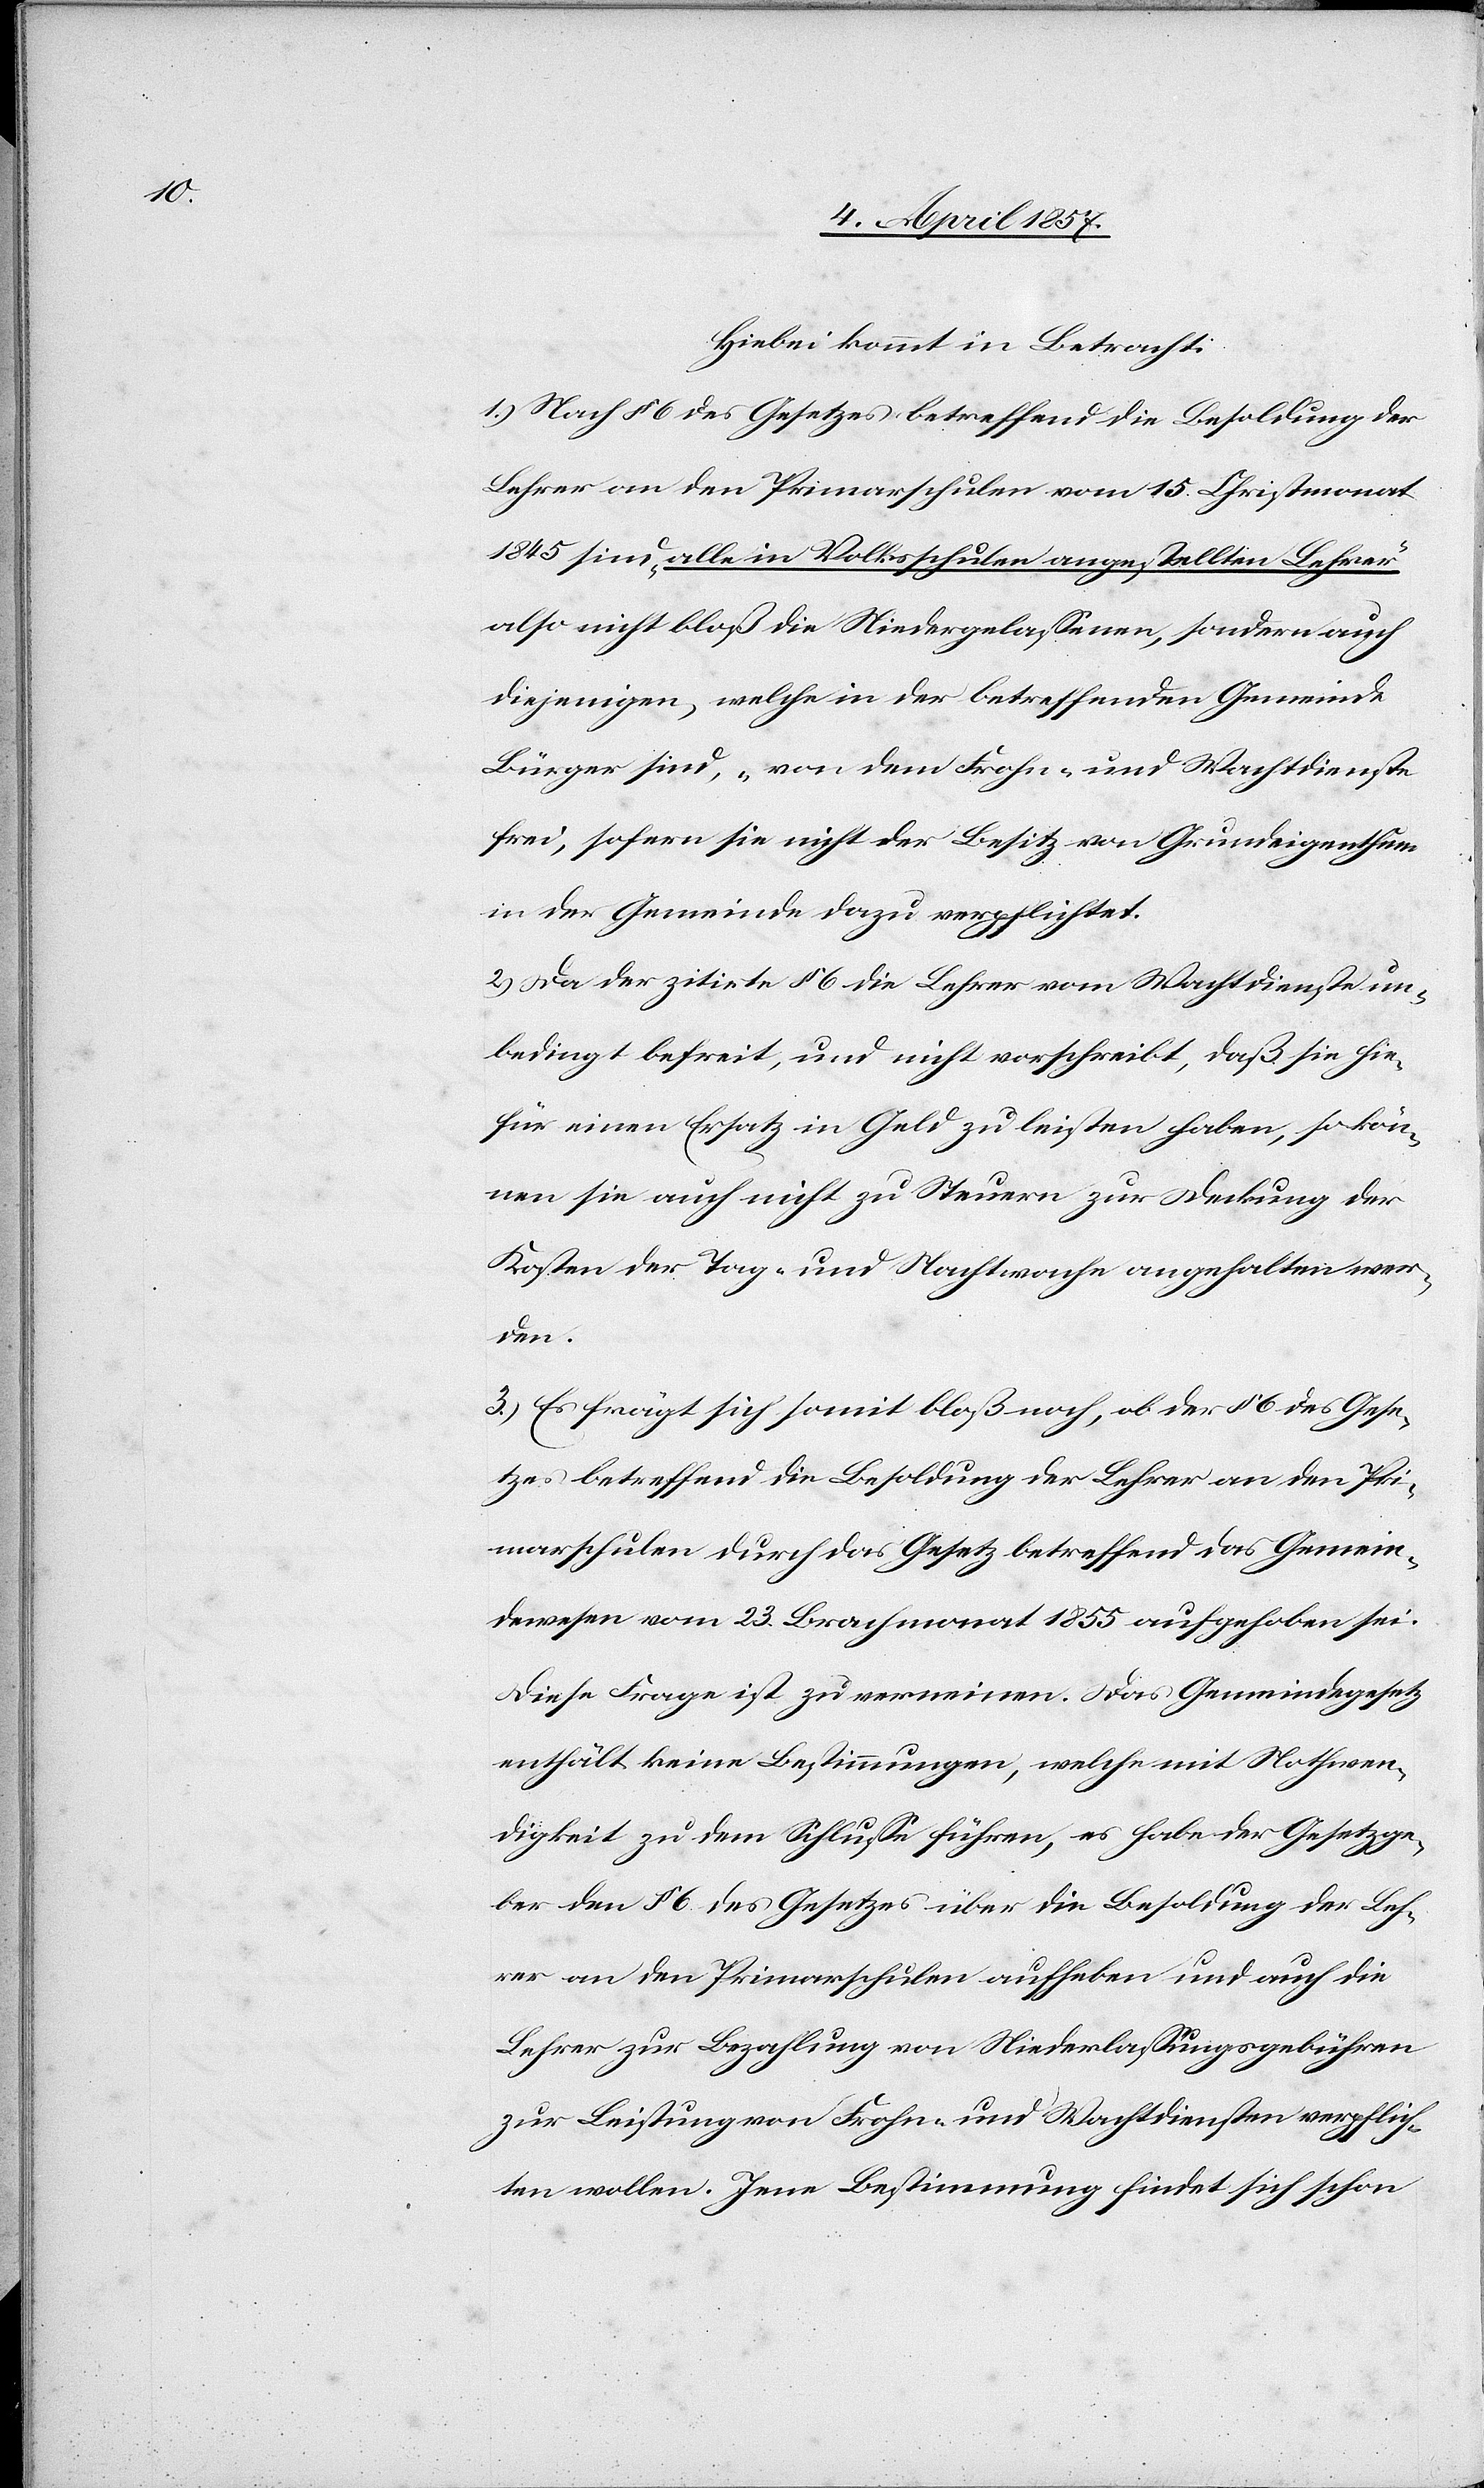
Hiebei kommt in Betracht:
1.) Nach § 6 des Gesetzes betreffend die Besoldung der
Lehrer an den Primarschulen vom 15. Christmonat
1845 sind „alle in Volksschulen angestellten Lehrer“
also nicht bloß die Niedergelassenen, sondern auch
diejenigen, welche in der betreffenden Gemeinde
Bürger sind, „von dem Frohn- und Wachtdienste
frei, sofern sie nicht der Besitz von Grundeigenthum
in der Gemeinde dazu verpflichtet[“].
2.) Da der zitirte § 6 die Lehrer vom Wachtdienste un¬
bedingt befreit, und nicht vorschreibt, das sie hie¬
für einen Ersatz in Geld zu leisten haben, so kön¬
nen sie auch nicht zu Steuern zur Deckung der
Kosten der Tag- und Nachtwache angehalten wer¬
den.
3.) Es frägt sich somit bloß noch, ob der § 6 des Gese¬
tzes betreffend die Besoldung der Lehrer an den Pri¬
marschulen durch das Gesetz betreffend das Gemein¬
dewesen vom 23. Brachmonat 1855 aufgehoben sei.
Diese Frage ist zu verneinen. Das Gemeindegesetz
enthält keine Bestimmungen, welche mit Nothwen¬
digkeit zu dem Schlusse führen, es habe der Gesetzge¬
ber den § 6 des Gesetzes über die Besoldung der Leh¬
rer an den Primarschulen aufheben und auch die
Lehrer zur Bezahlung von Niederlassungsgebühren
zur Leistung von Frohn- und Wachtdiensten verpflich¬
ten wollen. Jene Bestimmung findet sich schon